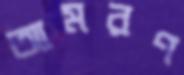
আমরণ